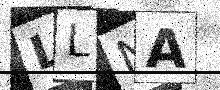
Text: LLNA